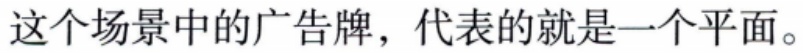
这个场景中的广告牌，代表的就是一个平面。